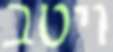
ויטב